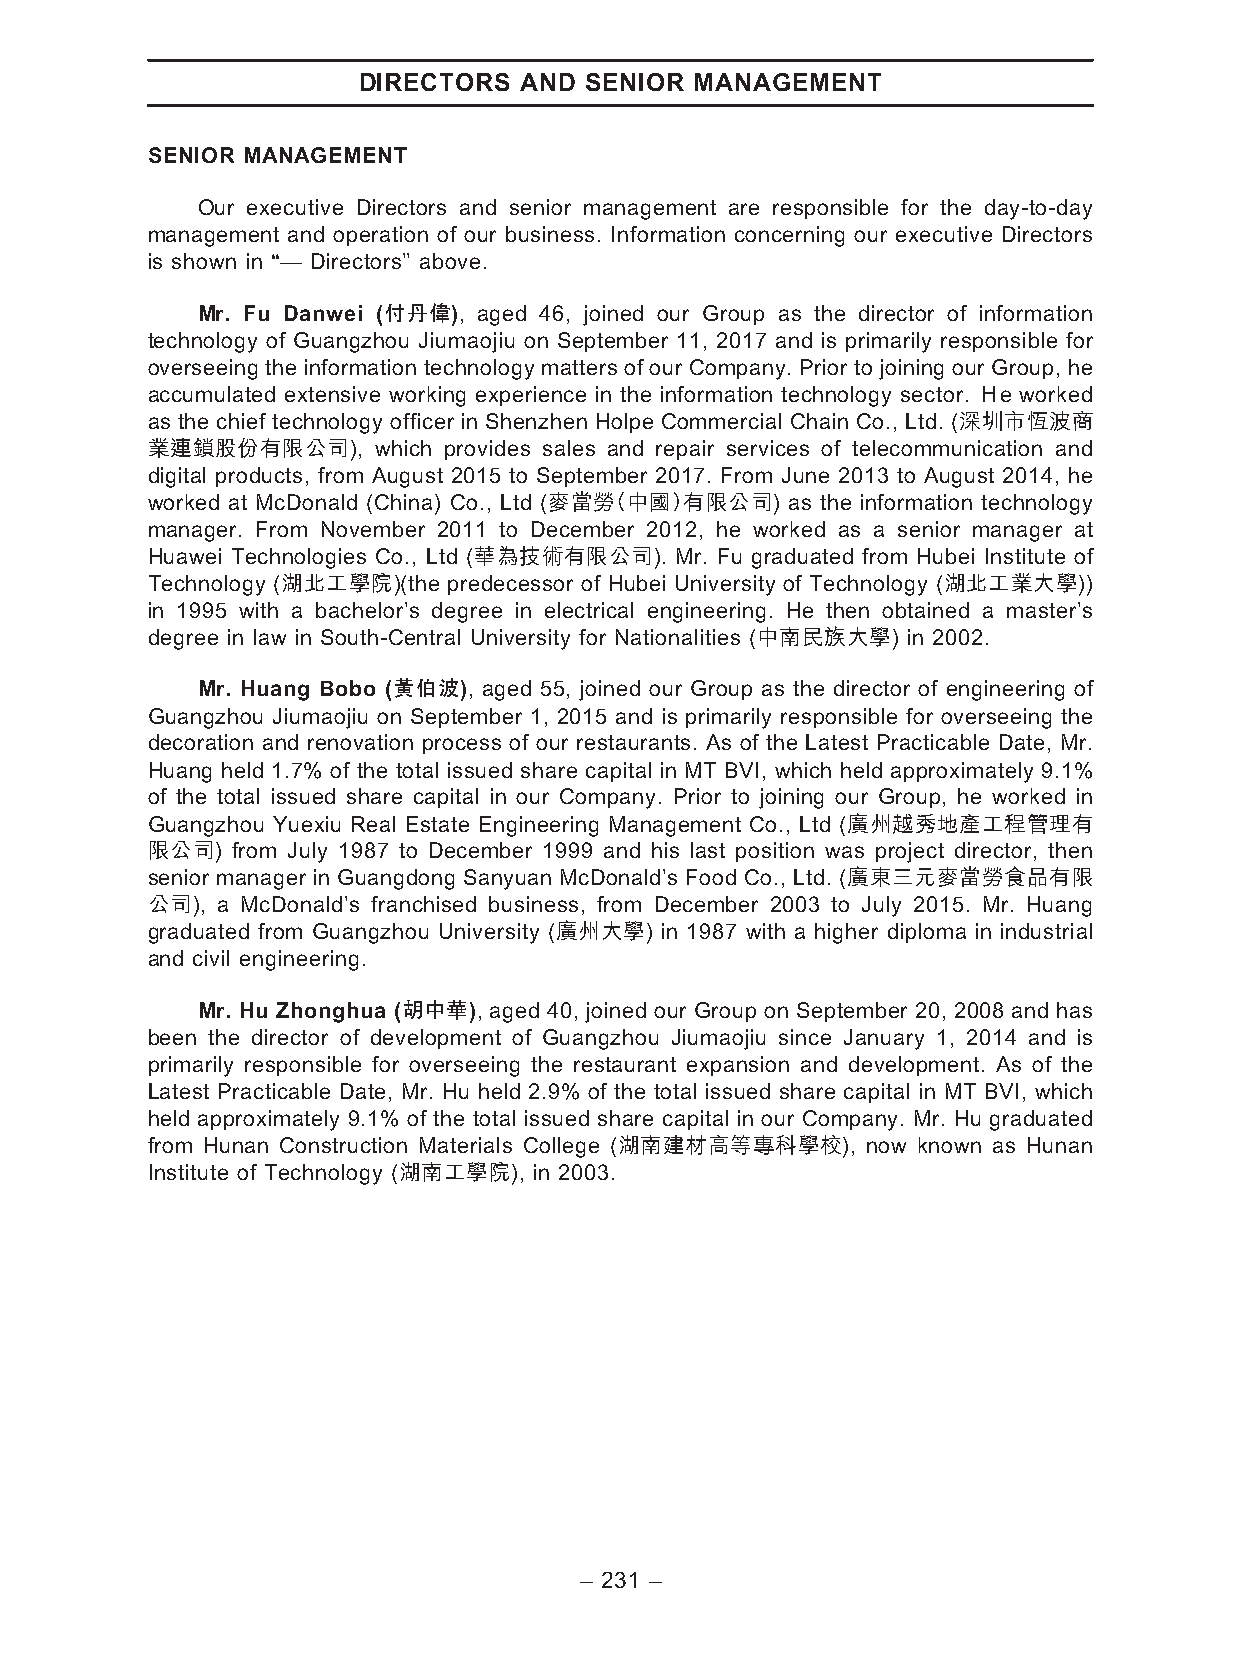
DIRECTORS AND  SENIOR MANAGEMENT
 SENIOR MANAGEMENT
 Our executive Directors and senior management are responsible for the day-to-day
 management and operation of our business. Information concerning our executive Directors
 is shown in ‘‘— Directors’’ above.
 Mr. Fu Danwei (付丹偉), aged 46, joined our Group as the director of information
 technology of Guangzhou Jiumaojiu on September 11, 2017 and is primarily responsible for
 overseeing the information technology matters of our Company. Prior to joining our Group, he
 accumulated extensive working experience in the information technology sector. Ｈe worked
 as the chief technology officer in Shenzhen Holpe Commercial Chain Co., Ltd. (深圳市恆波商
 業連鎖股份有限公司),    which provides sales and repair services of telecommunication and
 digital products, from August 2015 to September 2017. From June 2013 to August 2014, he
 worked at McDonald (China) Co., Ltd (麥當勞（中國）有限公司) as the information technology
 manager. From November 2011 to December 2012, he worked as a senior manager at
 Huawei Technologies Co., Ltd (華為技術有限公司). Mr. Fu graduated from Hubei Institute of
 Technology (湖北工學院)(the predecessor of Hubei University of Technology (湖北工業大學))
 in 1995 with a bachelor’s degree in electrical engineering. He then obtained a master’s
 degree in law in South-Central University for Nationalities (中南民族大學) in 2002.
 Mr. Huang Bobo (黃伯波), aged 55, joined our Group as the director of engineering of
 Guangzhou Jiumaojiu on September 1, 2015 and is primarily responsible for overseeing the
 decoration and renovation process of our restaurants. As of the Latest Practicable Date, Mr.
 Huang held 1.7% of the total issued share capital in MT BVI, which held approximately 9.1%
 of the total issued share capital in our Company. Prior to joining our Group, he worked in
 Guangzhou Yuexiu Real Estate Engineering Management Co., Ltd (廣州越秀地產工程管理有
 限公司) from July 1987 to December 1999 and his last position was project director, then
 senior manager in Guangdong Sanyuan McDonald’s Food Co., Ltd. (廣東三元麥當勞食品有限
 公司), a McDonald’s franchised business, from December 2003 to July 2015. Mr. Huang
 graduated from Guangzhou University (廣州大學) in 1987 with a higher diploma in industrial
 and civil engineering.
 Mr. Hu Zhonghua (胡中華), aged 40, joined our Group on September 20, 2008 and has
 been the director of development of Guangzhou Jiumaojiu since January 1, 2014 and is
 primarily responsible for overseeing the restaurant expansion and development. As of the
 Latest Practicable Date, Mr. Hu held 2.9% of the total issued share capital in MT BVI, which
 held approximately 9.1% of the total issued share capital in our Company. Mr. Hu graduated
 from Hunan Construction Materials College (湖南建材高等專科學校), now known as Hunan
 Institute of Technology (湖南工學院), in 2003.
 – 231 –